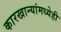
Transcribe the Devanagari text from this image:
कारखान्यांमध्येही